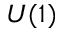
U ( 1 )